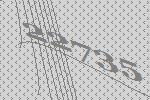
22735